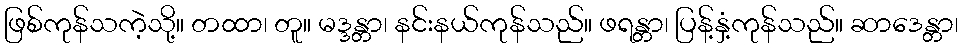
ဖြစ်ကုန်သကဲ့သို့။ တထာ၊ တူ။ မဒ္ဒန္တာ၊ နင်းနယ်ကုန်သည်။ ဖရန္တာ၊ ပြန့်နှံ့ကုန်သည်။ ဆာဒေန္တာ၊